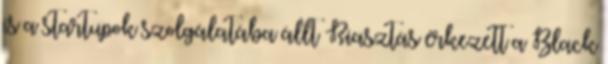
is a startupok szolgálatába állt Riasztás érkezett a Black